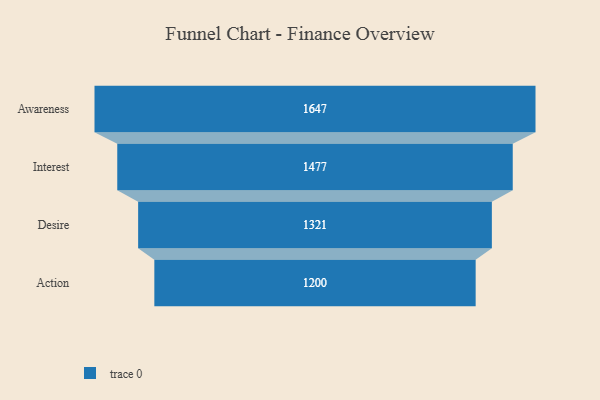
{"axis": {"x": "Stage", "y": "Value"}, "legend": [""], "data": [{"x": "Awareness", "y": 1647.0, "type": ""}, {"x": "Interest", "y": 1477.0, "type": ""}, {"x": "Desire", "y": 1321.0, "type": ""}, {"x": "Action", "y": 1200.0, "type": ""}]}